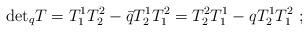
LaTeX: \begin{align*}{\rm det}_qT=T^1_1T^2_2-\bar qT^1_2T^2_1=T^2_2T^1_1-qT^1_2T^2_1\ ;\end{align*}